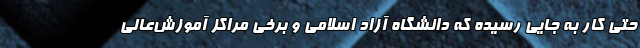
حتی کار به جایی رسیده که دانشگاه آزاد اسلامی و برخی مراکز آموزش‌عالی